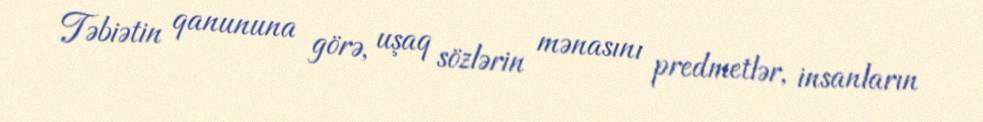
Təbiətin qanununa görə, uşaq sözlərin mənasını predmetlər, insanların